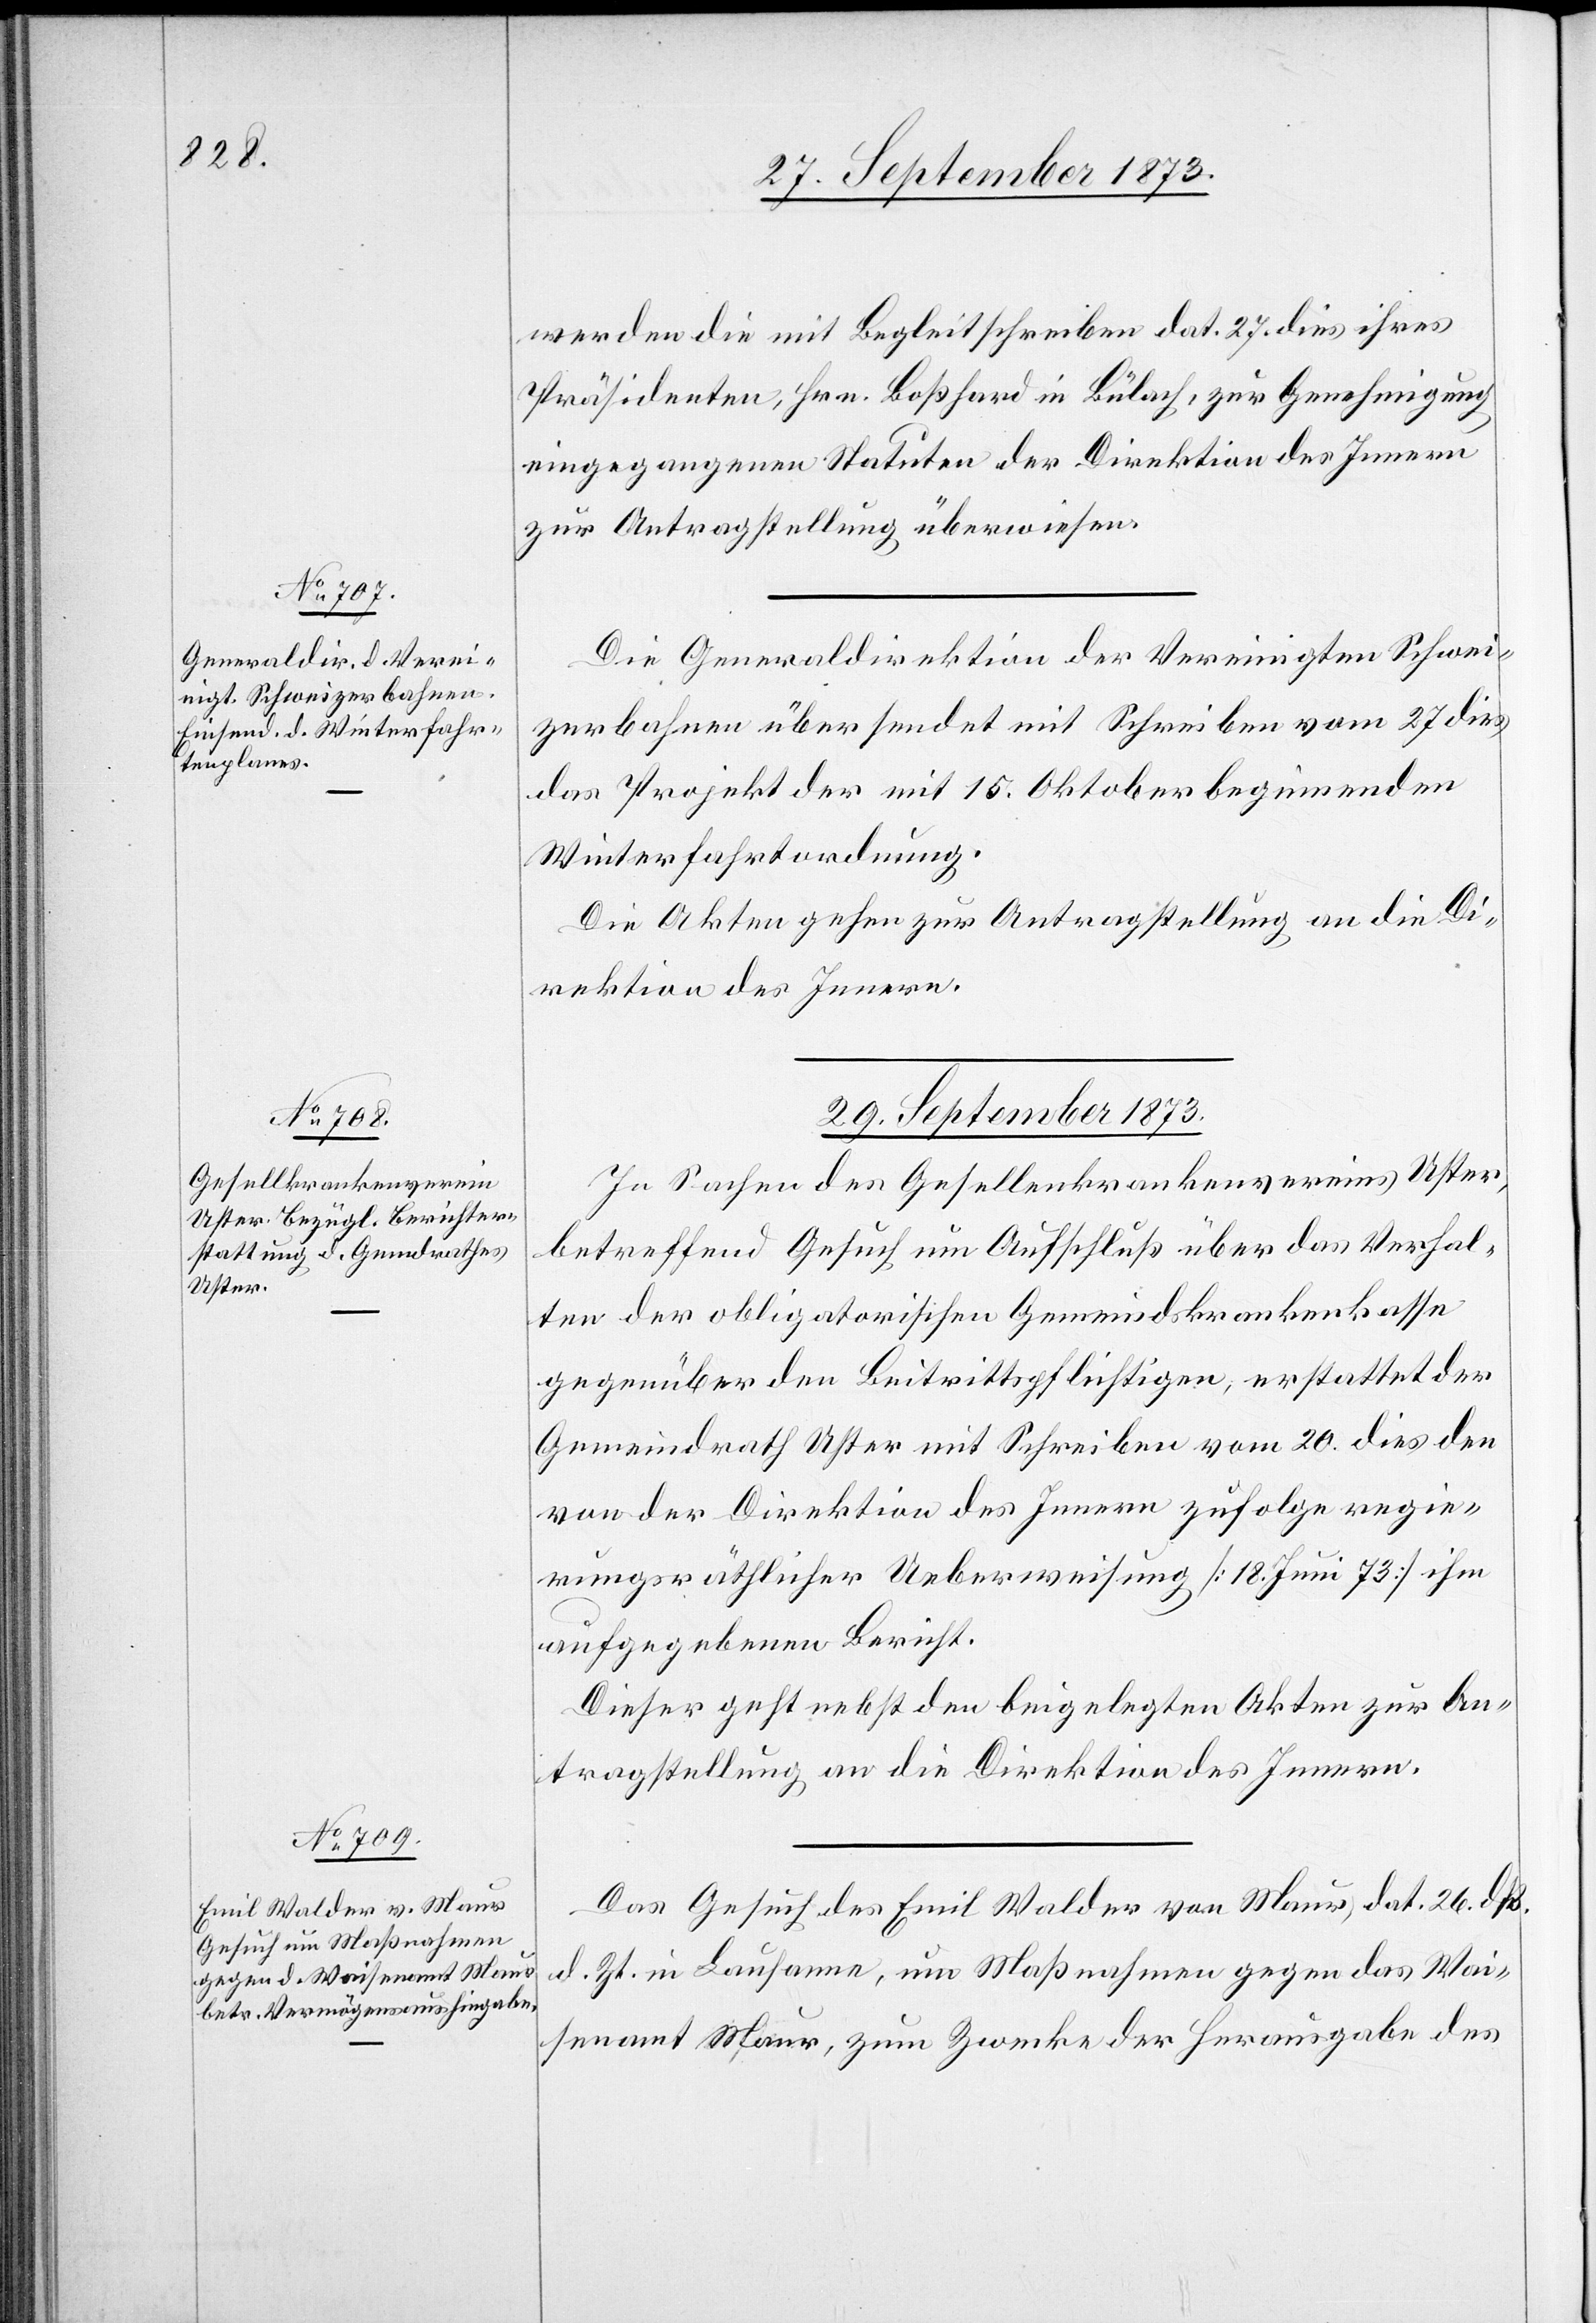
27. September 1873.]
werden die mit Begleitschreiben dat. 27. dies ihres
Präsidenten, Hrn. Boßhard in Bülach, zur Genehmigung
eingegangenen Statuten der Direktion des Innern
zur Antragstellung überwiesen.
Die Generaldirektion der Vereinigten Schwei¬
zerbahnen übersendet mit Schreiben vom 27 dies
das Projekt der mit 15. Oktober beginnenden
Winterfahrtenordnung.
Die Akten gehen zur Antragstellung an die Di¬
rektion des Innern.
29. September 1873.]
In Sachen des Gesellenkrankenvereins Uster,
betreffend Gesuch um Aufschluß über das Verhal¬
ten der obligatorischen Gemeindskrankenkasse
gegenüber den Beitrittspflichtigen, erstattet der
Gemeindrath Uster mit Schreiben vom 20. dies den
von der Direktion des Innern zufolge regie¬
rungsräthlicher Ueberweisung [18. Juni 73] ihm
aufgegebenen Bericht.
Dieser geht nebst den beigelegten Akten zur An¬
tragstellung an die Direktion des Innern.
Das Gesuch des Emil Walder von Maur, dat. 26. dies
d. Zt. in Lausanne, um Maßnahmen gegen das Wai¬
senamt Maur, zum Zwecke der Herausgabe des